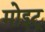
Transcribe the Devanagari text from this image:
मोइटू